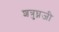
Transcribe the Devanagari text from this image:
शत्रुघ्नजी